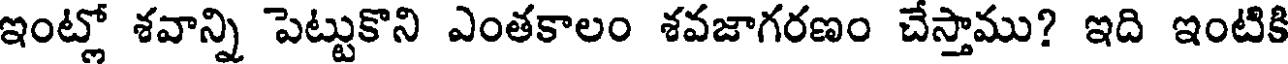
ఇంట్లో శవాన్ని పెట్టుకొని ఎంతకాలం శవజాగరణం చేస్తాము? ఇది ఇంటికి